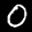
Label: 0